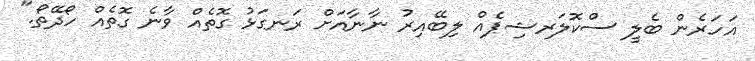
އަހަރެން ބެލީ ސްކޮލަރޝިޕެއް ލިބޭއިރު ނާނާއަށް ރަނގަޅު ގޮތެއް ވާނެ ގޮތެއް ހޯދޭތޯ."